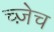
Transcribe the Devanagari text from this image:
च्ज़ेच